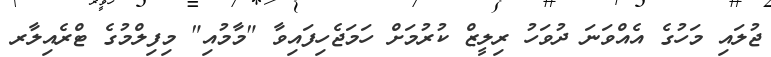
ޖުލައި މަހުގެ އެއްވަނަ ދުވަހު ރިލީޒް ކުރުމަށް ހަމަޖެހިފައިވާ "މާމުއި" މިފިލްމުގެ ޓްރެއިލާރ